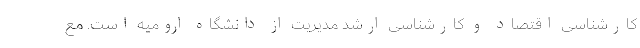
کارشناسی اقتصاد و کارشناسی ارشد مدیریت از دانشگاه ارومیه است‌. مع